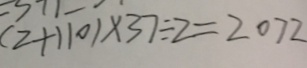
( 2 + 1 1 0 ) \times 3 7 \div 2 = 2 0 7 2